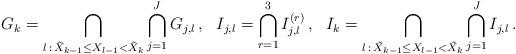
LaTeX: \begin{align*}G_k = \bigcap_{l \,:\, \tilde{X}_{k-1} \leq X_{l-1} < \tilde{X}_k} \bigcap_{j=1}^J G_{j,l} \, , && I_{j,l} = \bigcap_{r=1}^3 I_{j,l}^{(r)} \, , && I_{k} = \bigcap_{l \, : \, \tilde{X}_{k-1} \leq X_{l-1} < \tilde{X}_k}\bigcap_{j=1}^J I_{j,l} \, . \end{align*}